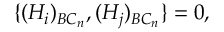
\{ ( H _ { i } ) _ { B C _ { n } } , ( H _ { j } ) _ { B C _ { n } } \} = 0 , \mathrm { ~ \ \ \ \ \ \ \ \ \ \ \ ~ }